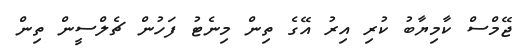
ޖޭމްސް ކާމިޔާބު ކުރި އިރު އޭގެ ތިން މިނެޓު ފަހުން ޗެލްސީން ތިން